Elephants and their diseases
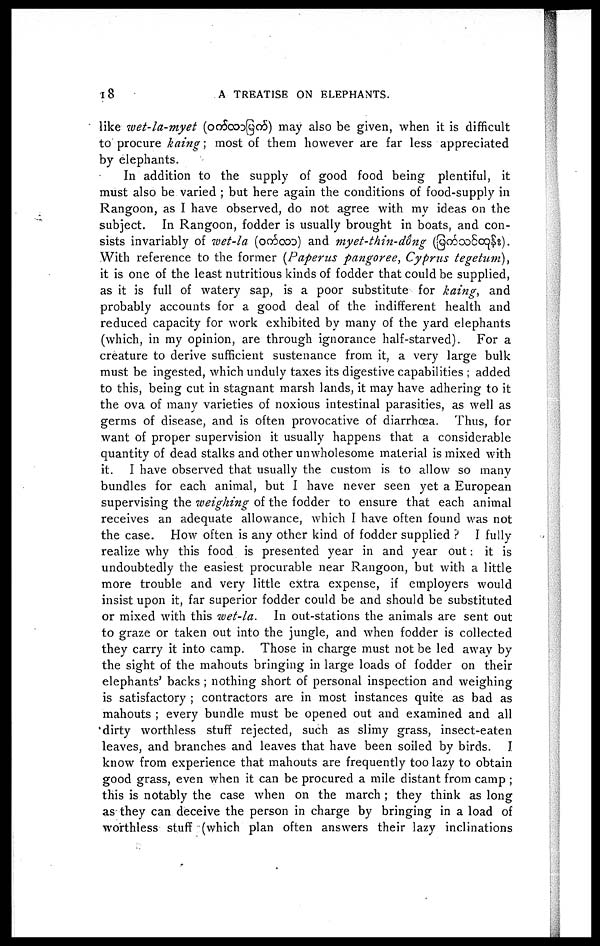
18
A TREATISE ON ELEPHANTS.
like wet-la-myet (
) may also be given, when it is difficult
to procure kaing; most of them however are far less appreciated
by elephants.
In addition to the supply of good food being plentiful, it
must also be varied ; but here again the conditions of food-supply in
Rangoon, as I have observed, do not agree with my ideas on the
subject. In Rangoon, fodder is usually brought in boats, and con-
sists invariably of wet-la (
) and myet-thin-dong (
).
With reference to the former (Paperus pangoree, Cyprus tegetum),
it is one of the least nutritious kinds of fodder that could be supplied,
as it is full of watery sap, is a poor substitute for kaing, and
probably accounts for a good deal of the indifferent health and
reduced capacity for work exhibited by many of the yard elephants
(which, in my opinion, are through ignorance half-starved). For a
creature to derive sufficient sustenance from it, a very large bulk
must be ingested, which unduly taxes its digestive capabilities ; added
to this, being cut in stagnant marsh lands, it may have adhering to it
the ova of many varieties of noxious intestinal parasities, as well as
germs of disease, and is often provocative of diarrhoea. Thus, for
want of proper supervision it usually happens that a considerable
quantity of dead stalks and other unwholesome material is mixed with
it. I have observed that usually the custom is to allow so many
bundles for each animal, but I have never seen yet a European
supervising the weighing of the fodder to ensure that each animal
receives an adequate allowance, which I have often found was not
the case. How often is any other kind of fodder supplied ? I fully
realize why this food is presented year in and year out : it is
undoubtedly the easiest procurable near Rangoon, but with a little
more trouble and very little extra expense, if employers would
insist upon it, far superior fodder could be and should be substituted
or mixed with this wet-la.
In out-stations the animals are sent out
to graze or taken out into the jungle, and when fodder is collected
they carry it into camp. Those in charge must not be led away by
the sight of the mahouts bringing in large loads of fodder on their
elephants' backs ; nothing short of personal inspection and weighing
is satisfactory ; contractors are in most instances quite as bad as
mahouts ; every bundle must be opened out and examined and all
dirty worthless stuff rejected, such as slimy grass, insect-eaten
leaves, and branches and leaves that have been soiled by birds. J
know from experience that mahouts are frequently too lazy to obtain
good grass, even when it can be procured a mile distant from camp ;
this is notably the case when on the march ; they think as long
as they can deceive the person in charge by bringing in a load of
worthless stuff (which plan often answers their lazy inclinations